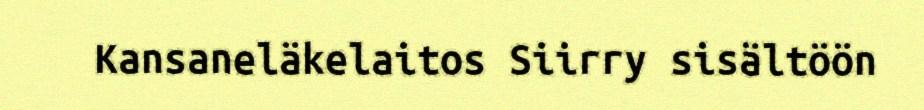
Kansaneläkelaitos Siirry sisältöön